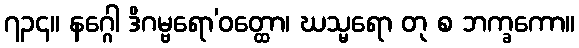
၇၃၄။ နဂ္ဂေါ ဒိဂမ္ဗရော’ဝတ္ထော၊ ဃသ္မရော တု စ ဘက္ခကော။